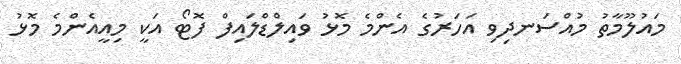
މައުލޫމާތު މުއްސަނދިވި އަހަރުގެ އެންމެ މޮޅު ވައިލްޑްލައިފް ފޮޓޯ އަކީ މިއީއެންމެ މޮޅު